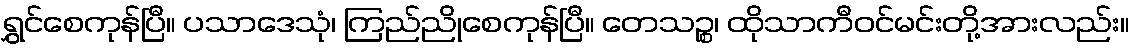
ရွှင်စေကုန်ပြီ။ ပသာဒေသုံ၊ ကြည်ညိုစေကုန်ပြီ။ တေသဉ္စ၊ ထိုသာကီဝင်မင်းတို့အားလည်း။